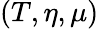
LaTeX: (T,\eta,\mu)